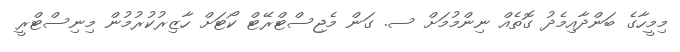
މިމީހާގެ ބަންދާއިމެދު ގޮތެއް ނިންމުމަށް ސ. ގަން މެޖިސްޓްރޭޓް ކޯޓަށް ހާޒިރުކުރުމުން މިނިސްޓްރީ